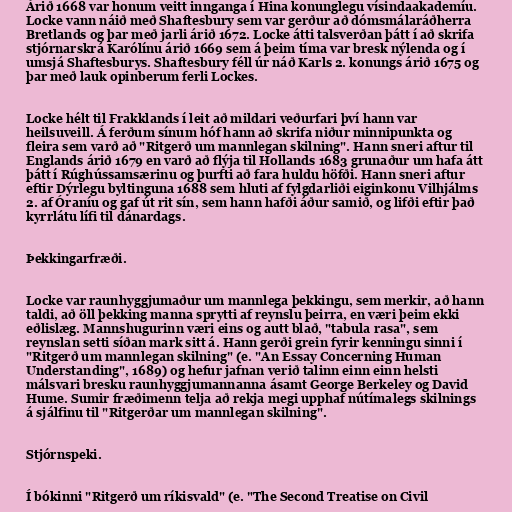
Árið 1668 var honum veitt innganga í Hina konunglegu vísindaakademíu.
Locke vann náið með Shaftesbury sem var gerður að dómsmálaráðherra
Bretlands og þar með jarli árið 1672. Locke átti talsverðan þátt í að skrifa
stjórnarskrá Karólínu árið 1669 sem á þeim tíma var bresk nýlenda og í
umsjá Shaftesburys. Shaftesbury féll úr náð Karls 2. konungs árið 1675 og
þar með lauk opinberum ferli Lockes.

Locke hélt til Frakklands í leit að mildari veðurfari því hann var
heilsuveill. Á ferðum sínum hóf hann að skrifa niður minnipunkta og
fleira sem varð að "Ritgerð um mannlegan skilning". Hann sneri aftur til
Englands árið 1679 en varð að flýja til Hollands 1683 grunaður um hafa átt
þátt í Rúghússamsærinu og þurfti að fara huldu höfði. Hann sneri aftur
eftir Dýrlegu byltinguna 1688 sem hluti af fylgdarliði eiginkonu Vilhjálms
2. af Óraníu og gaf út rit sín, sem hann hafði áður samið, og lifði eftir það
kyrrlátu lífi til dánardags.

Þekkingarfræði.

Locke var raunhyggjumaður um mannlega þekkingu, sem merkir, að hann
taldi, að öll þekking manna sprytti af reynslu þeirra, en væri þeim ekki
eðlislæg. Mannshugurinn væri eins og autt blað, "tabula rasa", sem
reynslan setti síðan mark sitt á. Hann gerði grein fyrir kenningu sinni í
"Ritgerð um mannlegan skilning" (e. "An Essay Concerning Human
Understanding", 1689) og hefur jafnan verið talinn einn einn helsti
málsvari bresku raunhyggjumannanna ásamt George Berkeley og David
Hume. Sumir fræðimenn telja að rekja megi upphaf nútímalegs skilnings
á sjálfinu til "Ritgerðar um mannlegan skilning".

Stjórnspeki.

Í bókinni "Ritgerð um ríkisvald" (e. "The Second Treatise on Civil